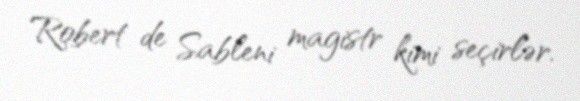
Robert de Sableni magistr kimi seçirlər.